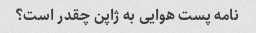
نامه پست هوایی به ژاپن چقدر است؟